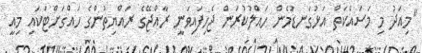
"މިއަދު މި މަސައްކަތް އަޅުގަނޑުމެން ހައްލުކުރަން ޖެހިފައިވަނީ ރާއްޖޭގެ ރައްޔިތުންގެ ހައްގަށްޓަކައި މިއީ